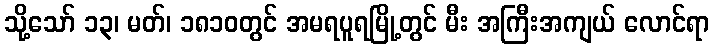
သို့သော် ၁၃၊ မတ်၊ ၁၈၁၀တွင် အမရပူရမြို့တွင် မီး အကြီးအကျယ် လောင်ရာ